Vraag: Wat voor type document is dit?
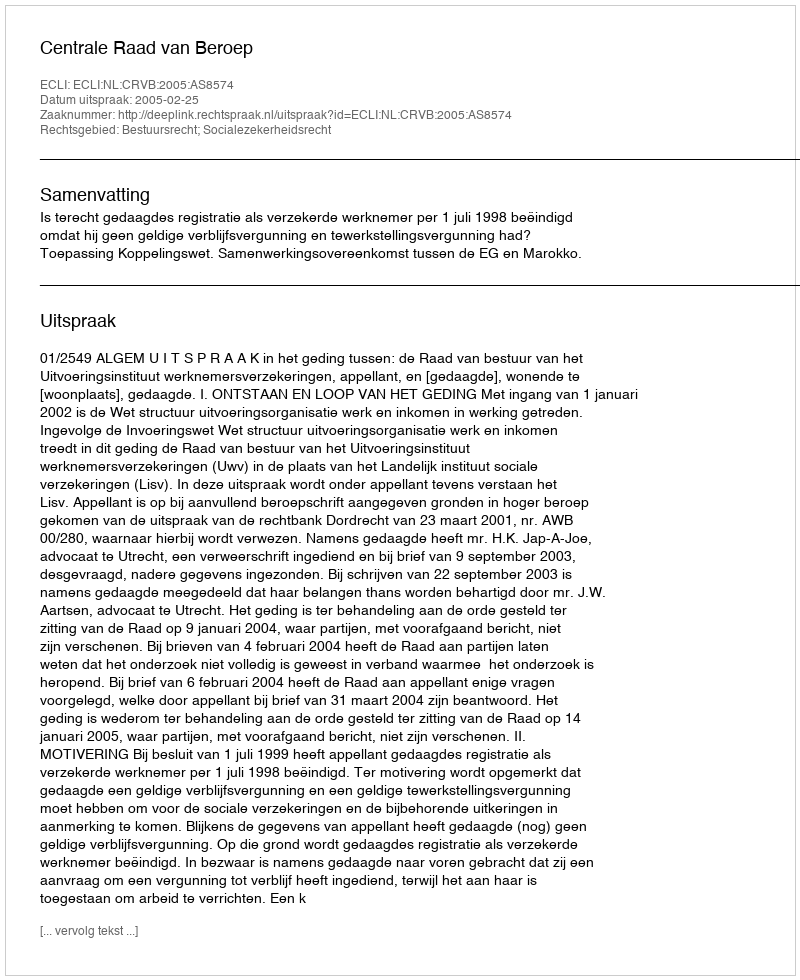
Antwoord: Uitspraak